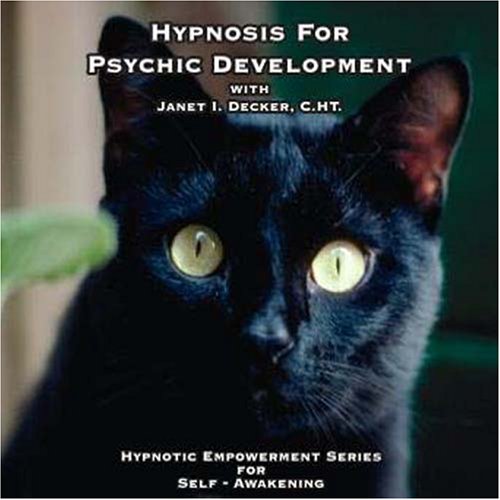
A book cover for Hypnosis For Psychic Development (Hypnotice Empowerment Series for Self-Awakening); Janet I. Decker; Self-Help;